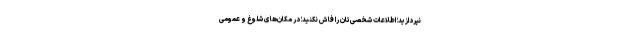
نپردازید؛ اطلاعات شخصی‌تان را فاش نکنید؛ در مکان‌های شلوغ و عمومی